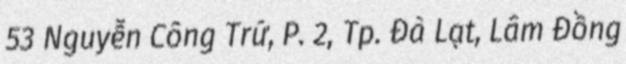
53 Nguyễn Công Trứ, P. 2, Tp. Đà Lạt, Lâm Đồng